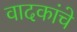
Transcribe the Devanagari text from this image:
वादकांचे